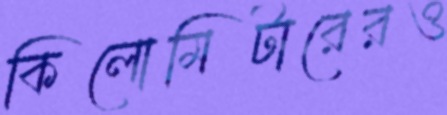
কিলোমিটারেরও